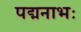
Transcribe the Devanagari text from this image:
पद्मनाभः